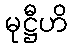
မုဋ္ဌီဟိ